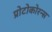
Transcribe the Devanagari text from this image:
प्रोटोकोरन्स